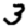
Digit: 3